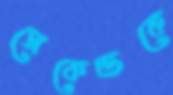
সেকেন্ডকে